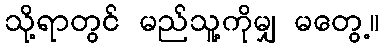
သို့ရာတွင် မည်သူ့ကိုမျှ မတွေ့။